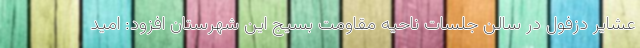
عشایر دزفول در سالن جلسات ناحیه مقاومت بسیج این شهرستان افزود: امید